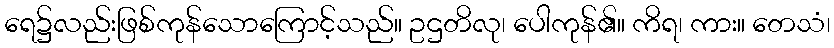
ရေ၌လည်းဖြစ်ကုန်သောကြောင့်သည်။ ဥဌတိလု၊ ပေါကုန်၏။ ကိရ၊ ကား။ တေသံ၊